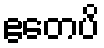
ဧတေပိ